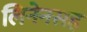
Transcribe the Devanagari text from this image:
लिनेनसह